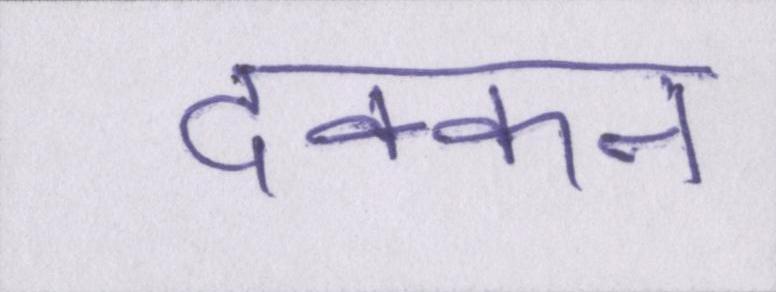
दक्कन